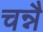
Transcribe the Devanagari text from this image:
चन्नै